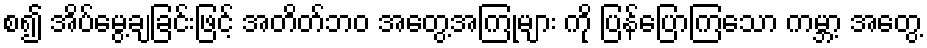
စ၍ အိပ်မွေ့ချခြင်းဖြင့် အတိတ်ဘဝ အတွေ့အကြုံများ ကို ပြန်ပြောကြသော ကမ္ဘာ့ အတွေ့